Annual report of the Imperial Bacteriologist
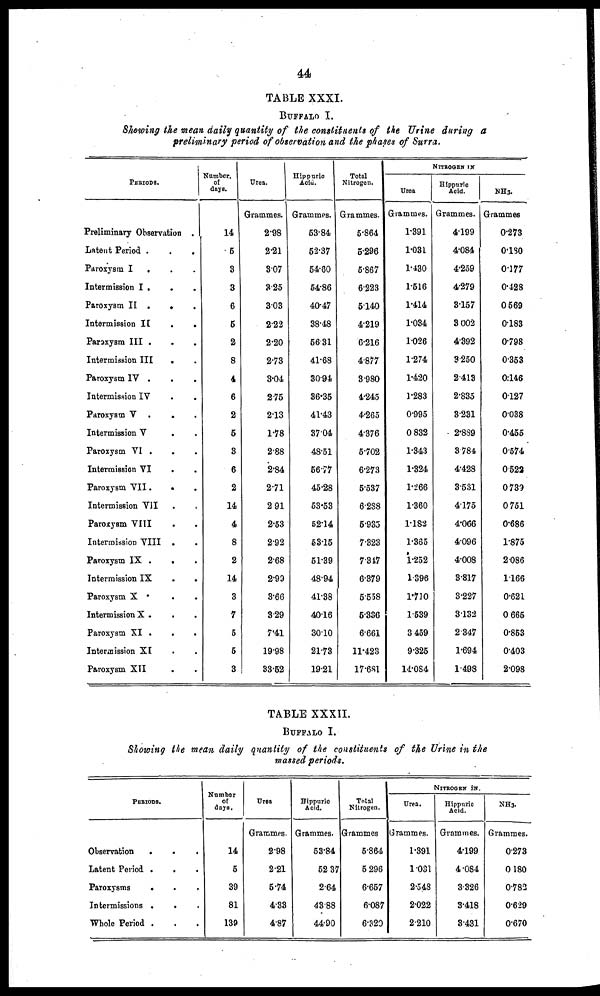
44
TABLE XXXI.
BUFFALO I.
Showing the mean daily quantity of the constituents of the Urine during a
preliminary period of observation and the phases of Surra.
PERIODS.
Preliminary Observation .
Latent Period .
Paroxysm I
.
Intermission I .
.
Paroxysm II .
.
Intermission II
Paroxysm III .
Intermission III
Paroxysm IV .
.
Intermission IV
.
Paroxysm V .
Intermission V
Paroxysm VI .
Intermission VI
Paroxysm VII.
Intermission VII
Paroxysm VIII
Intermission VIII
Paroxysm IX .
Intermission IX
Paroxysm X .
Intermission X .
Paroxysm XI .
Intermission XI
Paroxysm XII
Number.
of
days.
14
5
3
3
6
5
2
8
4
6
2
5
3
6
2
14
4
8
2
14
3
7
5
5
3
Urea.
Grammes.
2.98
2.21
3.07
3.25
3.03
2.22
2.20
2.73
3.04
2.75
2.13
1.78
2.88
2.84
2.71
2.91
2.53
2.92
2.68
2.99
3.66
3.29
7.41
19.98
33.52
Hippuric
Acid.
Grammes.
53.84
52.37
54.60
54.86
40.47
38.48
56.31
41.68
30.94
36.35
41.43
37.04
48.51
56.77
45.28
53.53
52.14
53.15
51.39
48.94
41.38
40.16
30.10
21.73
19.21
Total
Nitrogen.
Grammes.
5.864
5.296
5.867
6.223
5.140
4.219
6.216
4.877
3.980
4.245
4.265
4.376
5.702
6.273
5.537
6.288
5.935
7.323
7.347
6.379
5.558
5.336
6.661
11.423
17.681
Urea
Grammes.
1.391
1.031
1.430
1.516
1.414
1.034
1.026
1.274
1.420
1.283
0.995
0.832
1.343
1.324
1.266
1.360
1.182
1.365
1.252
1.396
1.710
1.539
3.459
9.325
14.084
NITROGEN IN
Hippuric
Acid.
Grammes.
4.199
4.084
4.259
4.279
3.157
3 002
4.392
3.250
2.413
2.835
3.231
2.839
3.784
4.428
3.531
4.175
4.066
4.096
4.008
3.817
3.227
3.132
2.347
1.694
1.498
NH 3 .
Grammes
0.273
0.180
0.177
0.428
0.569
0.183
0.798
0.353
0.146
0.127
0.038
0.455
0.574
0.522
0.739
0.751
0.686
1.875
2.086
1.166
0.621
0.665
0.853
0.403
2.098
TABLE XXXII.
BUFFALO I.
Showing the mean daily quantity of the constituents of the Urine in the
massed periods.
PERIODS.
Observation
.
.
.
Latent Period. .
.
.
Paroxysms
.
.
.
Intermissions .
.
Whole Period .
Number
of
days.
14
5
39
81
139
Urea
Grammes.
2.98
2.21
5.74
4.33
4.87
Hippnric
Acid.
Grammes.
53.84
52.37
2.64
43.88
44.90
Total
Nitrogen.
Grammes
5.864
5.296
6.657
6.087
6.320
Urea.
Grammes.
1.391
1.031
2.548
2.022
2.210
NITROGEN IN.
Hippnric
Acid.
Grammes.
4.199
4.084
3.326
3.418
3.431
NH 3 .
Grammes.
0.273
0.180
0.782
0.629
0.670